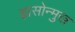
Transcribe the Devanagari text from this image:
ह्वासोन्मुख